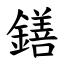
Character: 鐥